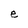
Character: e